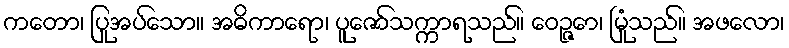
ကတော၊ ပြုအပ်သော။ အဓိကာရော၊ ပူဇော်သက္ကာရသည်။ ဝေဉ္ဇော၊ မြုံသည်။ အဖလော၊